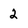
Character: 2